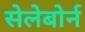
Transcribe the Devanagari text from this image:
सेलेबोर्न